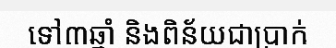
ទៅ៣ឆ្នាំ និងពិន័យជាប្រាក់